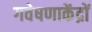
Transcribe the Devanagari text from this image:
गवेषणाकेंद्रों